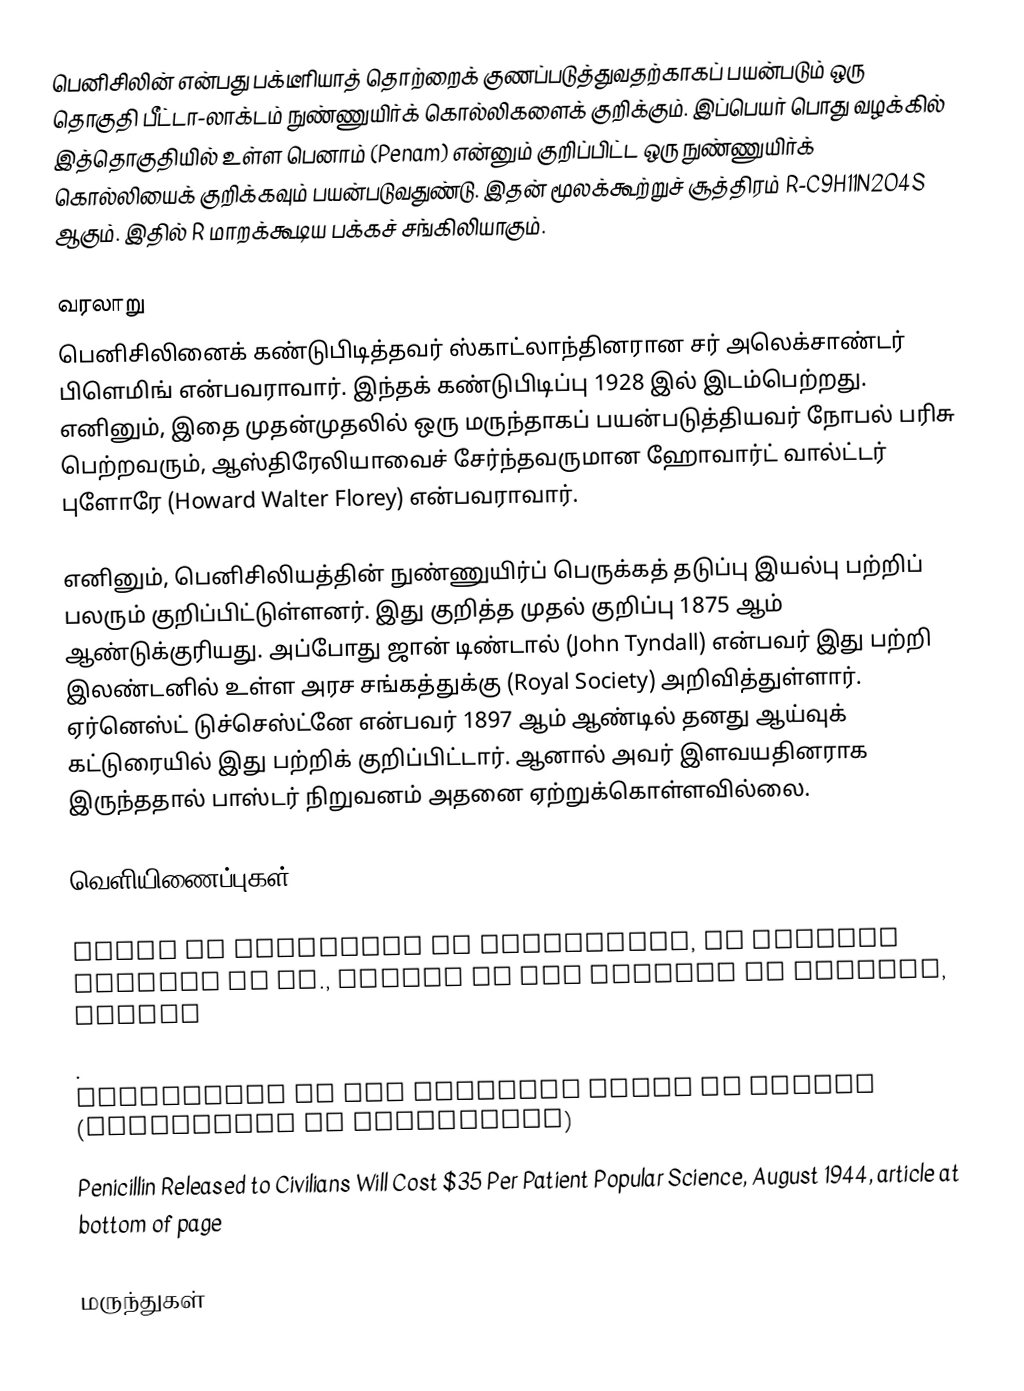
பெனிசிலின் என்பது பக்டீரியாத் தொற்றைக் குணப்படுத்துவதற்காகப் பயன்படும் ஒரு தொகுதி பீட்டா-லாக்டம் நுண்ணுயிர்க் கொல்லிகளைக் குறிக்கும். இப்பெயர் பொது வழக்கில் இத்தொகுதியில் உள்ள பெனாம் (Penam) என்னும் குறிப்பிட்ட ஒரு நுண்ணுயிர்க் கொல்லியைக் குறிக்கவும் பயன்படுவதுண்டு. இதன் மூலக்கூற்றுச் சூத்திரம் R-C9H11N2O4S ஆகும். இதில் R மாறக்கூடிய பக்கச் சங்கிலியாகும்.

வரலாறு
பெனிசிலினைக் கண்டுபிடித்தவர் ஸ்காட்லாந்தினரான சர் அலெக்சாண்டர் பிளெமிங் என்பவராவார். இந்தக் கண்டுபிடிப்பு 1928 இல் இடம்பெற்றது. எனினும், இதை முதன்முதலில் ஒரு மருந்தாகப் பயன்படுத்தியவர் நோபல் பரிசு பெற்றவரும், ஆஸ்திரேலியாவைச் சேர்ந்தவருமான ஹோவார்ட் வால்ட்டர் புளோரே (Howard Walter Florey) என்பவராவார்.

எனினும், பெனிசிலியத்தின் நுண்ணுயிர்ப் பெருக்கத் தடுப்பு இயல்பு பற்றிப் பலரும் குறிப்பிட்டுள்ளனர். இது குறித்த முதல் குறிப்பு 1875 ஆம் ஆண்டுக்குரியது. அப்போது ஜான் டிண்டால் (John Tyndall) என்பவர் இது பற்றி இலண்டனில் உள்ள அரச சங்கத்துக்கு (Royal Society) அறிவித்துள்ளார். ஏர்னெஸ்ட் டுச்செஸ்ட்னே என்பவர் 1897 ஆம் ஆண்டில் தனது ஆய்வுக் கட்டுரையில் இது பற்றிக் குறிப்பிட்டார். ஆனால் அவர் இளவயதினராக இருந்ததால் பாஸ்டர் நிறுவனம் அதனை ஏற்றுக்கொள்ளவில்லை.

வெளியிணைப்புகள்

 Model of Structure of Penicillin, by Dorothy Hodgkin et al., Museum of the History of Science, Oxford
 .
 Penicillin at The Periodic Table of Videos (University of Nottingham)
 Penicillin Released to Civilians Will Cost $35 Per Patient Popular Science, August 1944, article at bottom of page

மருந்துகள்